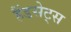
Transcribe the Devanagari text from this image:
हैंडसेट्स